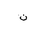
Letter: _non